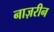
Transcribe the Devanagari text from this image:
नाज़रीन